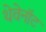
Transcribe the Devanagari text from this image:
थेवेनॉट